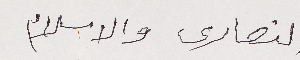
النصارى والاسلام